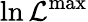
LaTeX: \ln{\cal L}^{\mathrm{max}}